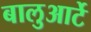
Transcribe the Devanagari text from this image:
बालुआर्टे